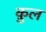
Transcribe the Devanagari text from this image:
क़ुल